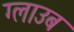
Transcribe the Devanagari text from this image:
ग्लाउब